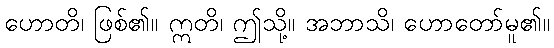
ဟောတိ၊ ဖြစ်၏။ ဣတိ၊ ဤသို့။ အဘာသိ၊ ဟောတော်မူ၏။